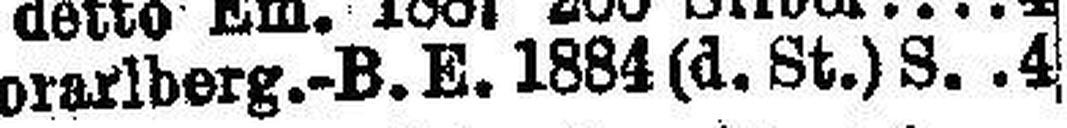
Vorarlberg.-B. E. 1884 (d. St.) S. 4